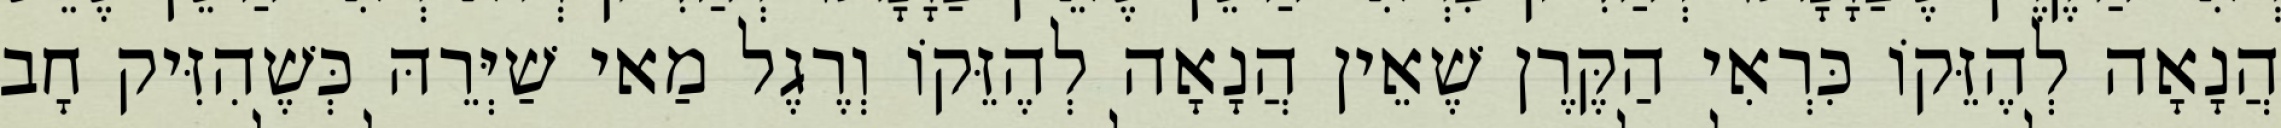
הֲנָאָה לְהֶזֵּקוֹ כִּרְאִי הַקֶּרֶן שֶׁאֵין הֲנָאָה לְהֶזֵּקוֹ וְרֶגֶל מַאי שַׁיְּרֵהּ כְּשֶׁהִזִּיק חָב